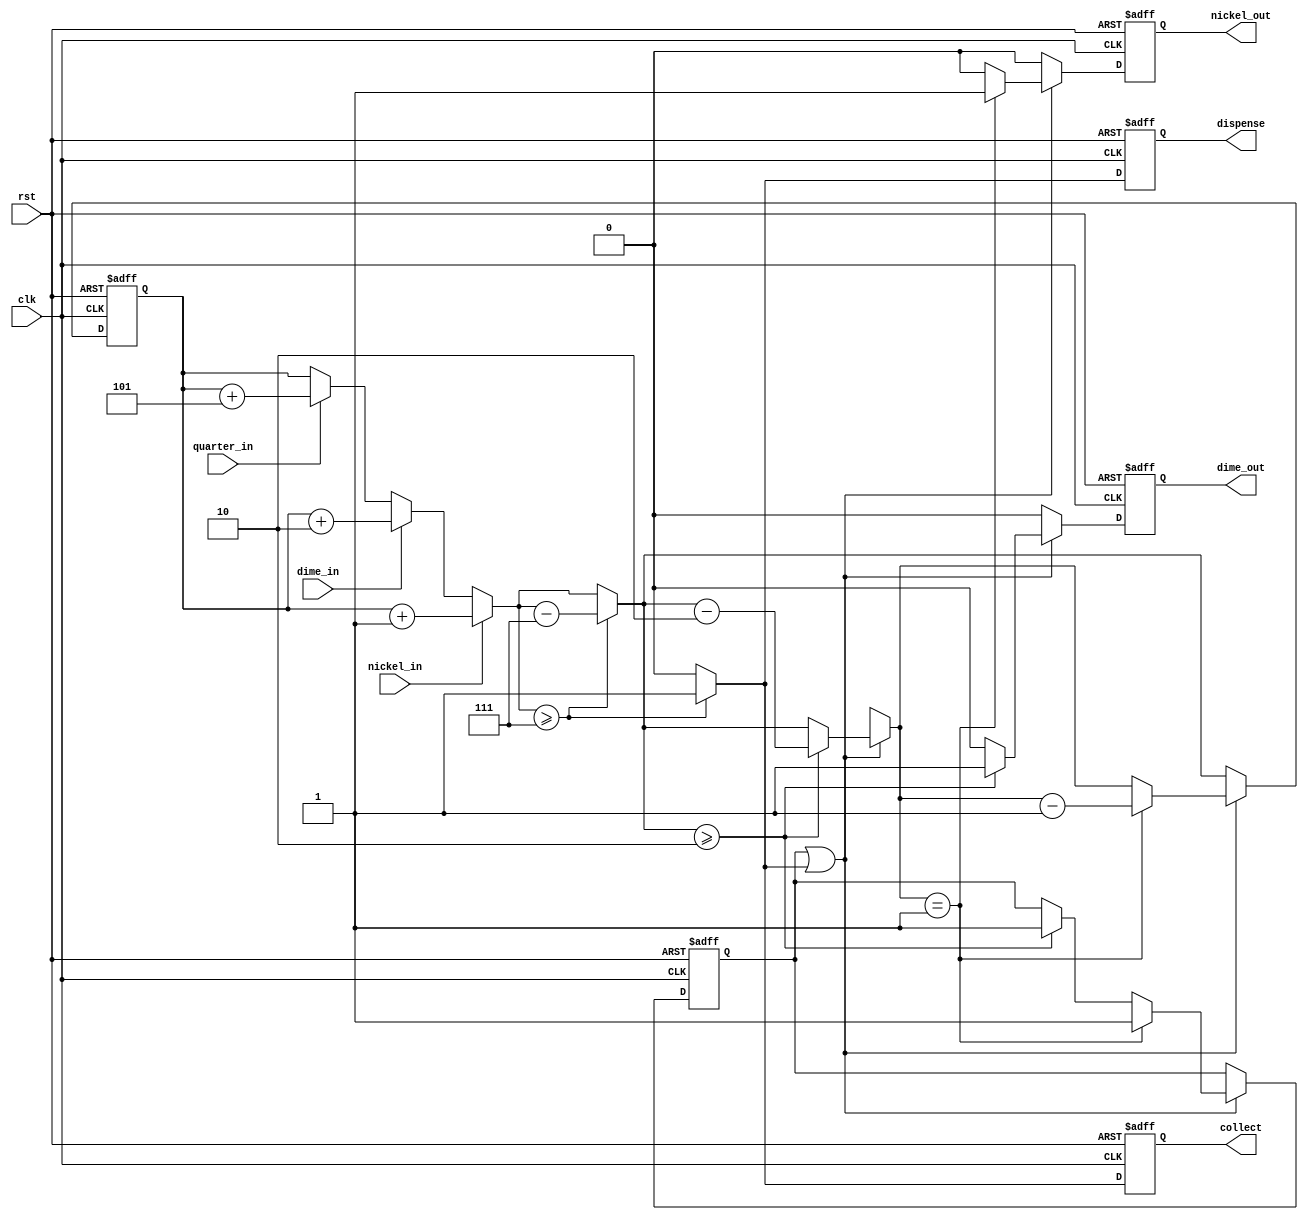
`timescale 1ns / 1ps
//////////////////////////////////////////////////////////////////////////////////
// Company: 
// Engineer: 
// 
// Design Name: 
// Module Name: Vending_machine
// Project Name: 
// Target Devices: 
// Tool Versions: 
// Description: 
// 
// Dependencies: 
// 
// Revision:
// Revision 0.01 - File Created
// Additional Comments:
// 
//////////////////////////////////////////////////////////////////////////////////


module Vending_machine(

    input nickel_in,
    input dime_in,
    input quarter_in,
    input clk,
    input rst,
    output reg collect,
    output reg nickel_out,
    output reg dime_out,
    output reg dispense

    );
    
    reg [3:0] nickel_num;
    reg return_change;
    
    /**************************/
    
always @ ( posedge clk or posedge rst)
if (rst) begin
    nickel_out = 0;
    dime_out = 0;
    dispense = 0;
    collect = 0;
    nickel_num = 0;
    return_change = 0;
end else begin
    nickel_out = 0;
    dime_out = 0;
    dispense = 0;
    collect = 0;
    
    //check whether money has come in 
    if (nickel_in)
        nickel_num = nickel_num + 1;
    else if (dime_in)
        nickel_num = nickel_num + 2;
    else if (quarter_in)    
        nickel_num = nickel_num + 5;
        
        
    // correct money deposited?
    if (nickel_num >=7 )
    begin
        nickel_num = nickel_num - 7;
        dispense = 1;
        collect = 1;
    end
    
    // return change
    if (return_change || collect )
    begin
        if (nickel_num >=2 )
        begin
            dime_out = 1;
            nickel_num = nickel_num - 2;
            return_change = 1;
        end
        
        if (nickel_num ==1 )
        begin
            nickel_out = 1;
            nickel_num = nickel_num - 1;
            return_change = 1;
        end    
     end          
end

    
endmodule